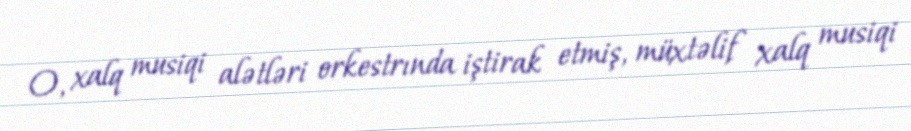
O, xalq musiqi alətləri orkestrında iştirak etmiş, müxtəlif xalq musiqi